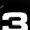
Digit: 3